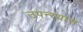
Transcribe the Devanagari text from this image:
उपन्स्यास